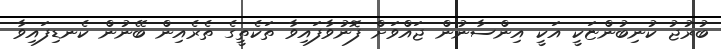
ބުރުޖު ކުނިބުންޏަކީ އަކީ އިންސާނުން ޖައްވަށް ފޮނުވާފައިވާ ތަކެތީގެ ތެރެއިން ބޭނުން ކެނޑިފައިވާ